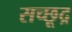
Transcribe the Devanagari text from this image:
सच्छूद्र